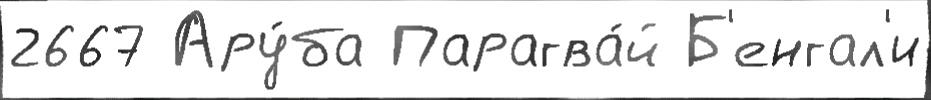
2667 Ару́ба Парагва́й Б'енгал'и